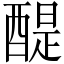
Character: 醍